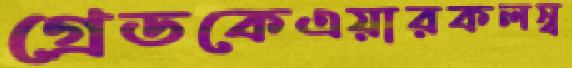
গ্রেডকেএয়ারকলস্ব